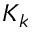
K _ { k }